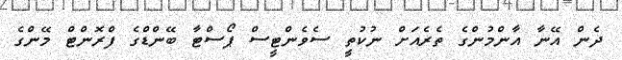
ދެން އޭނާ އާންމުންގެ ތެރެއަށް ނުކުތީ ސެވެންޓީސް ޕޯސްޓާ ބޭންޑްގެ ފްރޮންޓް މޭންގެ